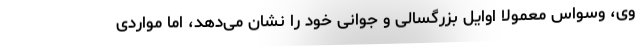
وی، وسواس معمولا اوایل بزرگسالی و جوانی خود را نشان می‌دهد، اما مواردی